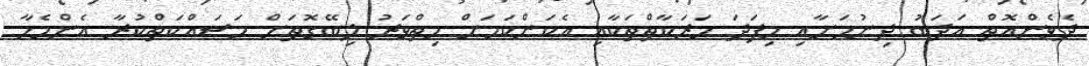
ދެވެންއޮތް އަދަބު ދިނުމަށާއި މިފަދަ ހަރަކާތްތަކާއި އެކަންކަމަށް ހިތްވަރު ލިބޭގޮތަށް މަސައްކަތްކުރާ އެންމެހާ